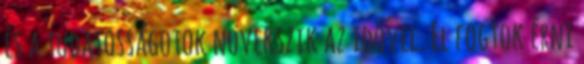
és a tudatosságotok növekszik az idővel. El fogtok érni